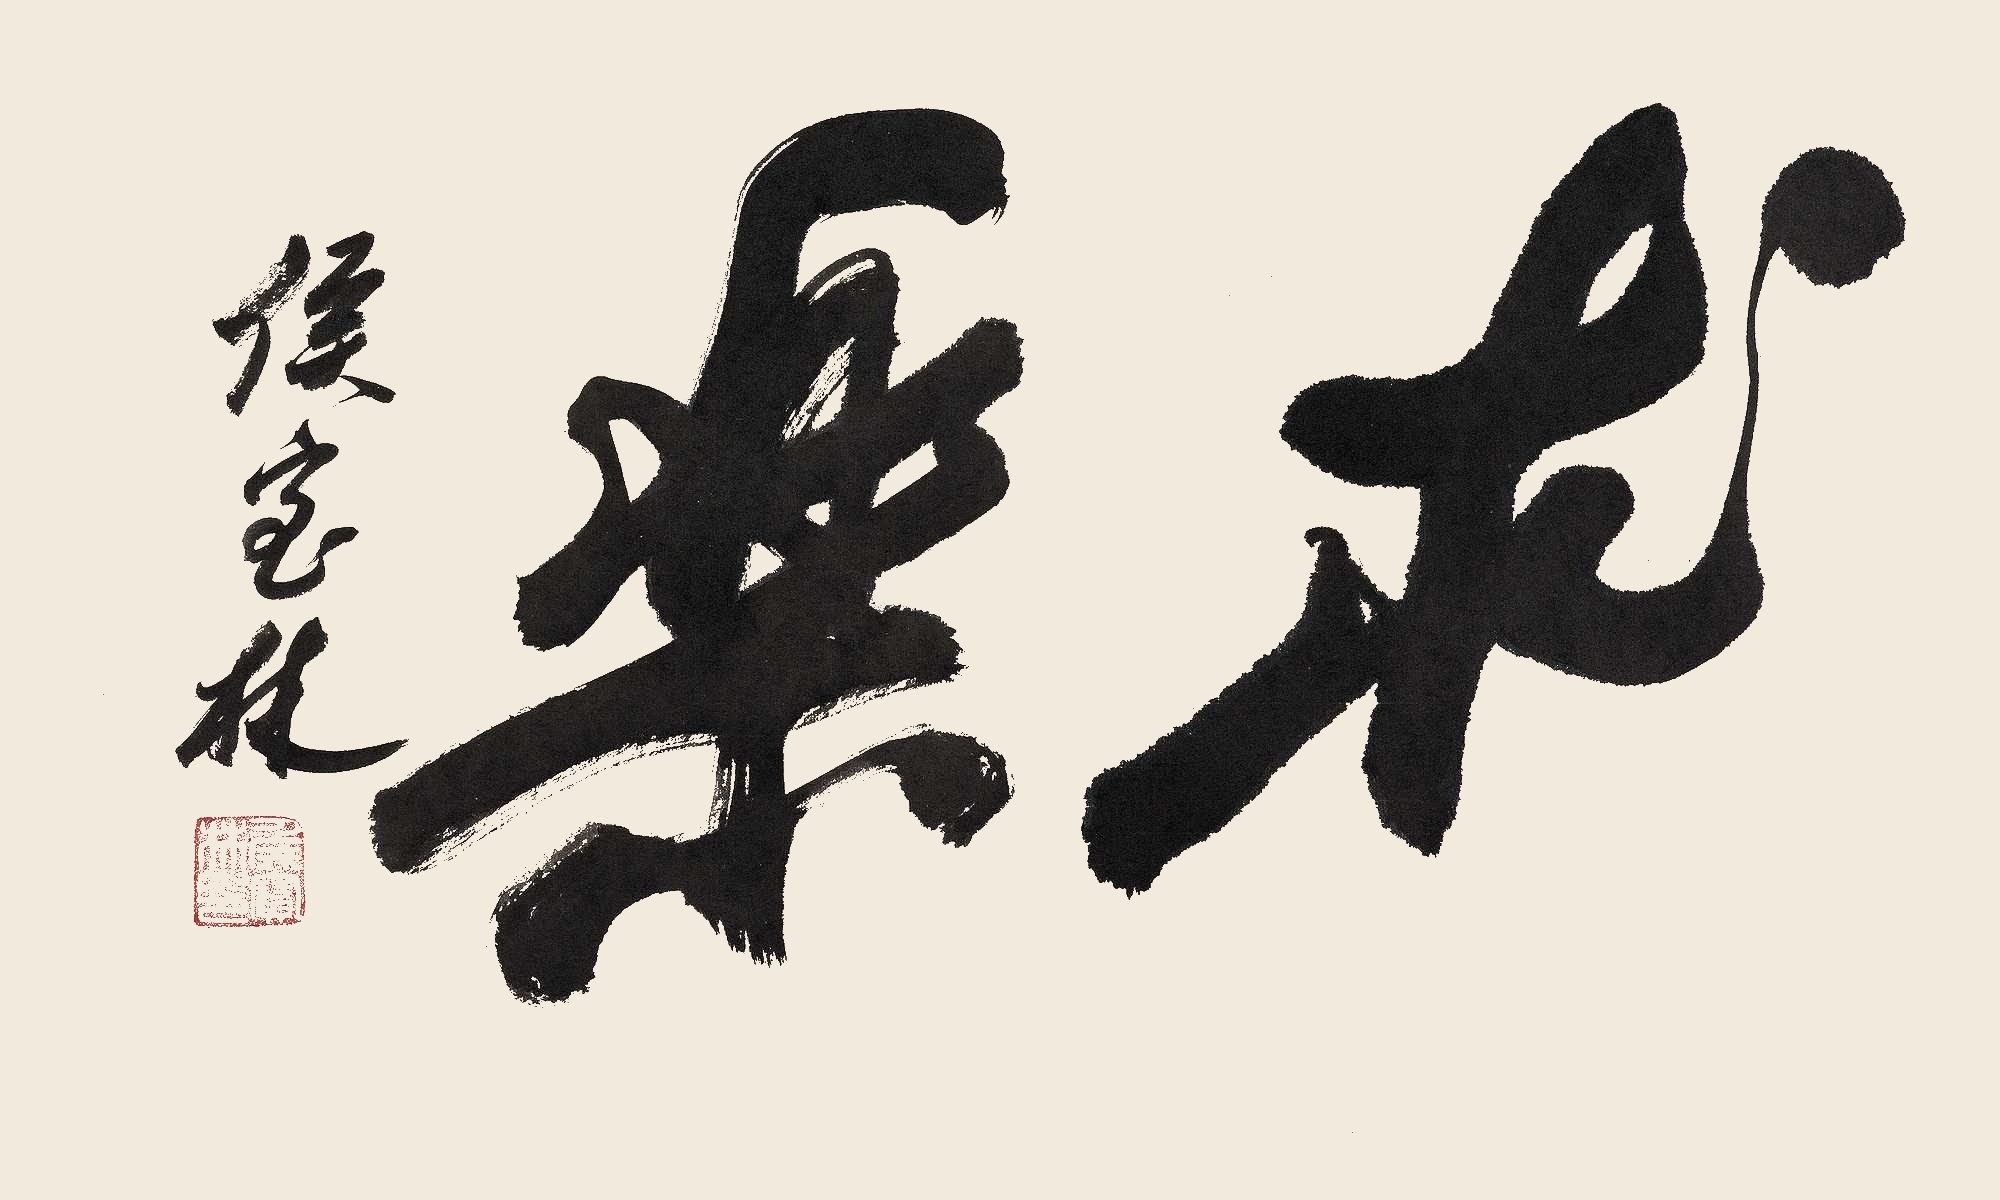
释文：求乐。侯宝林。